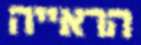
הראייה